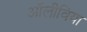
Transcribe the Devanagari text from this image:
अॉलीविया